Account of plague administration in the Bombay Presidency from September 1896 till May 1897
Year: 1896
Disease focus: Plague
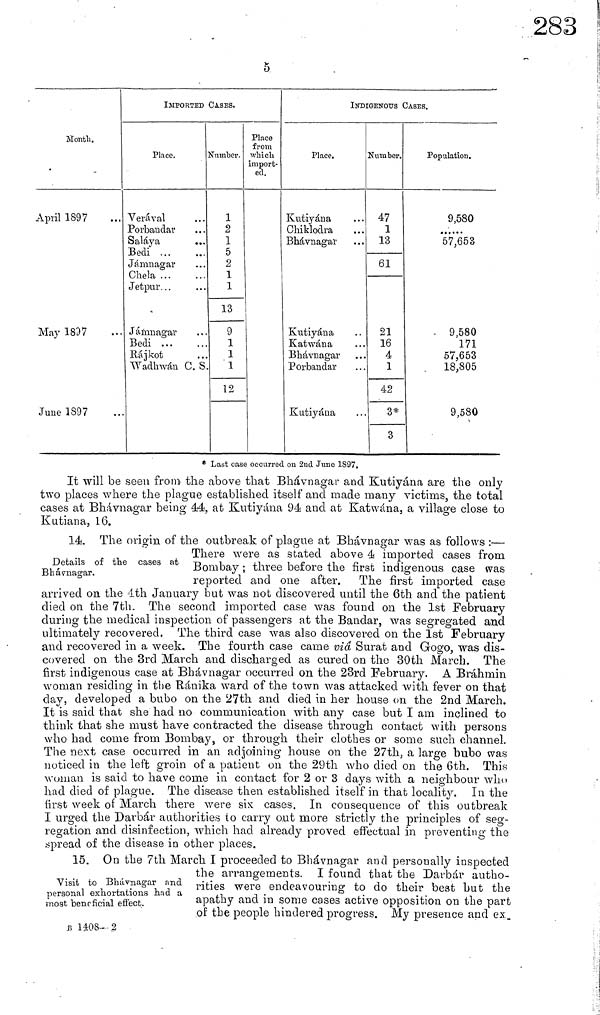
5
Month.
April 1897
May 1897
June 1897
IMPORTED CASES.
Place.
Verával
Porbaudar
Saláya
Bedi ...
Jámuagar
Chela ...
Jetpur...
Jámnagar
Bedi ...
Rájkot
Wadhwán
...
• • »
...
..
X S
Number.
1
2
1
5
2
1
1
13
9
1
1
1
12
Place
from
which
import-
ed.
INDIGENOUS CASES.
Place.
Kutiyána
Chiklodra
Bhávnagar
Kutiyána
Katwána
Bhávnagar
Porbandar
Kutiyáua
...
...
...
••
Number.
47
1
13
61
21
16
4
1
42
3*
3
Population.
9,580
......
57,653
9,580
171
57,653
18,805
9,580
* Last case occurred on 2nd June 1897.
It will be seen from the above that Bhávnagar and Kutiyána are the only
two places where the plague established itself and made many victims, the total
cases at Bhávnagar being 44, at Kutiyána 94 and at Katwána, a village close to
Kutiana, 16.
Details of the cases at
Bhávnagar.
14. The origin of the outbreak of plague at Bhávnagar was as follows :—
There were as stated above 4 imported cases from
Bombay ; three before the first indigenous case was
reported and one after. The first imported case
arrived on the 4th January but was not discovered until the 6th and the patient
died on the 7th. The second imported case was found on the 1st February
during the medical inspection of passengers at the Bandar, was segregated and
ultimately recovered. The third case was also discovered on the 1st February
and recovered in a week. The fourth case came via Surat and Gogo, was dis-
covered on the 3rd March and discharged as cured on the 30th March. The
first indigenous case at Bhávnagar occurred on the 23rd February. A Brahmin
woman residing in the Ránika ward of the town was attacked with fever on that
clay, developed a bubo on the 27th and died in her house on the 2nd March.
It is said that she had no communication with any case but I am inclined to
think that she must have contracted the disease through contact with persons
who had come from Bombay, or through their clothes or some such channel.
The next case occurred in an adjoining house on the 27th, a large bubo was
noticed in the left groin of a patient on the 29th who died on the 6th. This
woman is said to have come in contact for 2 or 3 days with a neighbour who
had died of plague. The disease then established itself in that locality. In the
first week of March there were six cases. In consequence of this outbreak
I urged the Darbár authorities to carry out more strictly the principles of seg-
regation and disinfection, which had already proved effectual in preventing the
spread of the disease in other places.
Visit to Bhávnagar and
personal exhortations had a
most "beneficial effect.
15. On the 7th March I proceeded to Bhávnagar and personally inspected
the arrangements. I found that the Daibár autho-
rities were endeavouring to do their best but the
apathy and in some cases active opposition on the part
of the people hindered progress. My presence and ex-
B 1408- 2